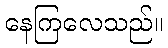
နေကြလေသည်။